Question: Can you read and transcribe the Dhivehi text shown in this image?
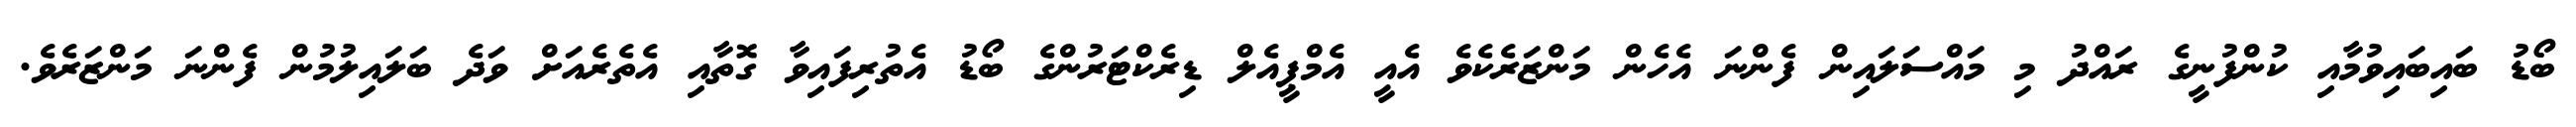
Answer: ބޯޑު ބައިބައިވުމާއި ކުންފުނީގެ ރައްދު މި މައްސަލައިން ފެންނަ އެހެން މަންޒަރެކެވެ އެއީ އެމްޕީއެލް ޑިރެކްޓަރުންގެ ބޯޑު އެތުރިފައިވާ ގޮތާއި އެތެރެއަށް ވަދެ ބަލައިލުމުން ފެންނަ މަންޒަރެވެ.